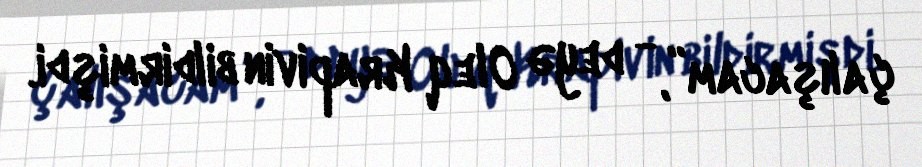
çalışacam”, - deyə Oleq Krapivin bildirmişdi.